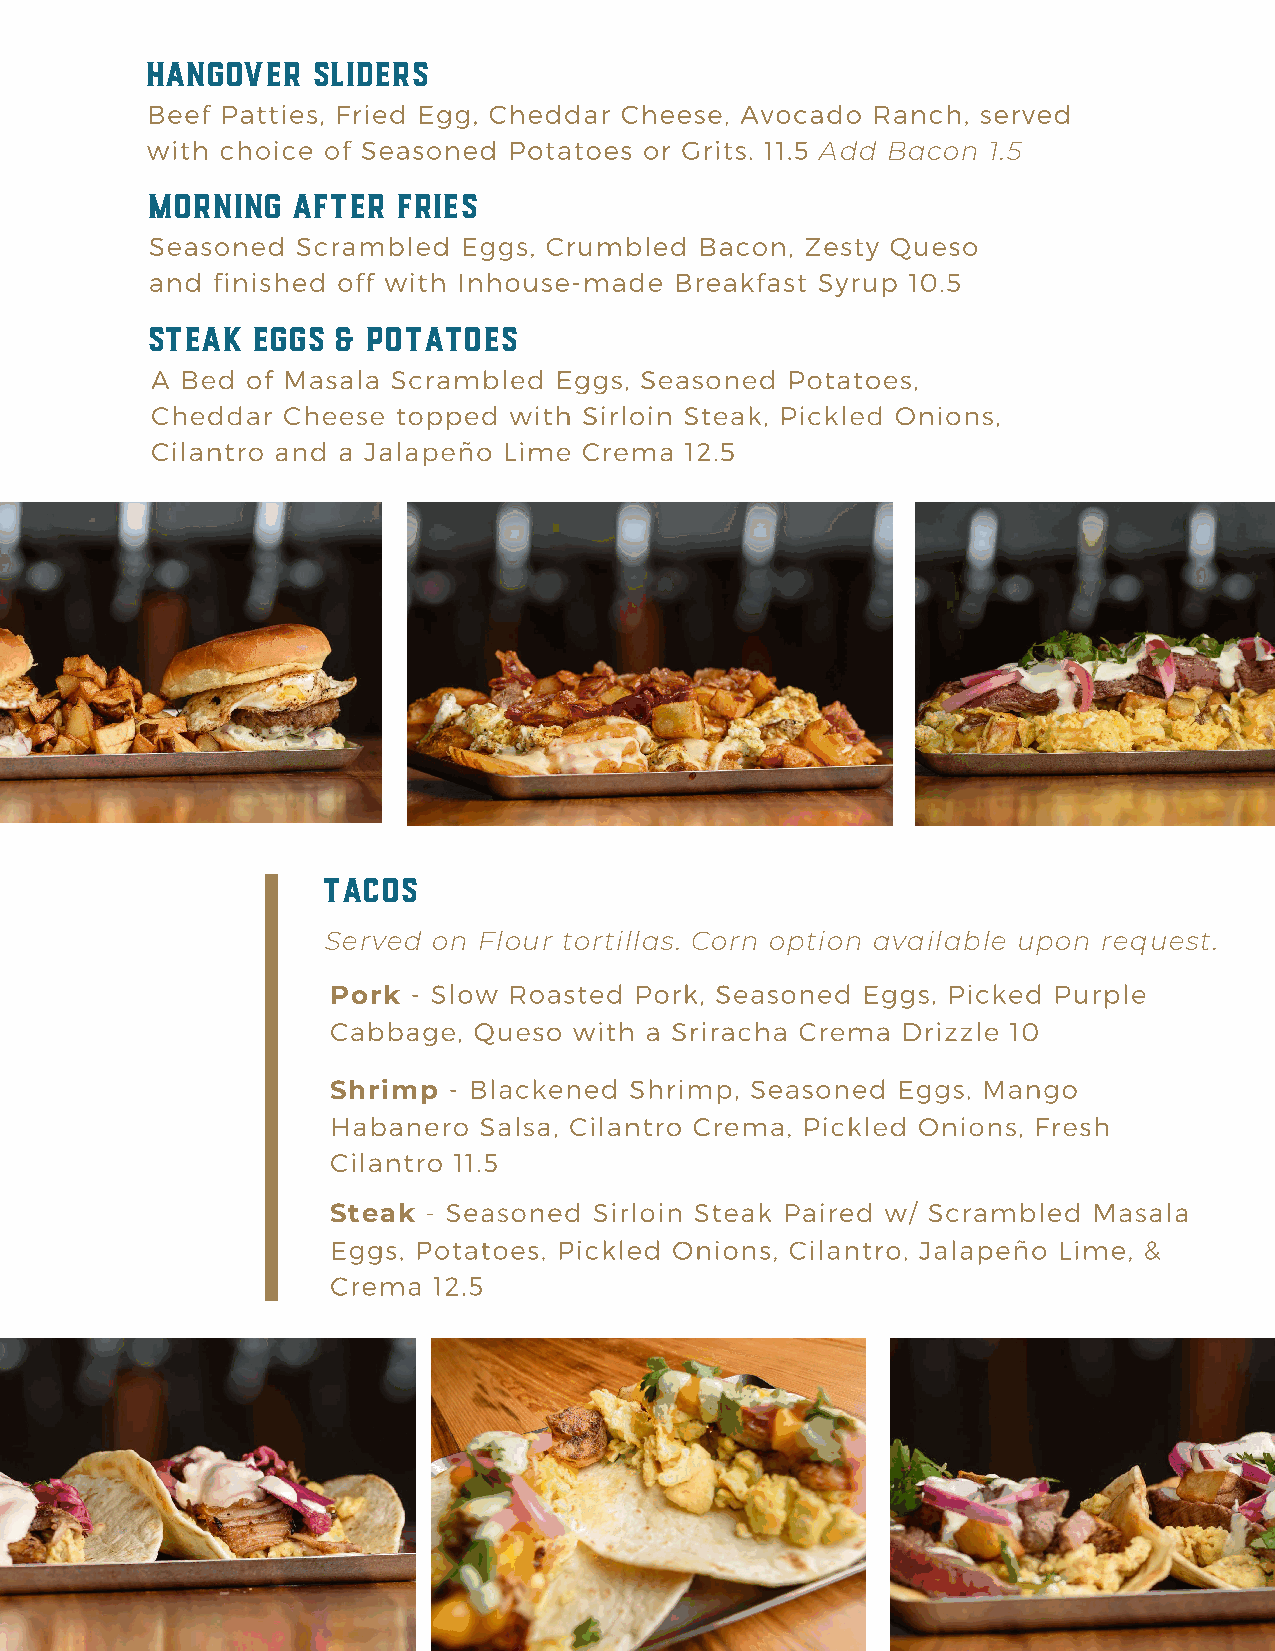
HANGOVER   SLIDERS
 Beef Patties, Fried Egg, Cheddar Cheese, Avocado Ranch, served
 with choice of Seasoned Potatoes or Grits. 11.5
 Add  Bacon 1.5
 MORNING  AFTER  FRIES
 Seasoned  Scrambled  Eggs, Crumbled Bacon, Zesty Queso
 and finished off with Inhouse-made Breakfast Syrup 10.5
 STEAK  EGGS & POTATOES
 A Bed of Masala Scrambled  Eggs, Seasoned Potatoes,
 Cheddar  Cheese topped  with Sirloin Steak, Pickled Onions,
 Cilantro and a Jalapeño Lime Crema 12.5
 TACOS
 Served  on Flour tortillas. Corn option available upon request.
 - Slow Roasted Pork, Seasoned Eggs, Picked Purple
 Pork
 Cabbage, Queso  with a Sriracha Crema Drizzle 10
 - Blackened Shrimp, Seasoned Eggs, Mango
 Shrimp
 Habanero  Salsa, Cilantro Crema, Pickled Onions, Fresh
 Cilantro 11.5
 - Seasoned Sirloin Steak Paired w/ Scrambled Masala
 Steak
 Eggs, Potatoes, Pickled Onions, Cilantro, Jalapeño Lime, &
 Crema  12.5